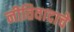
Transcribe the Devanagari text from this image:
नीतिवादाचे